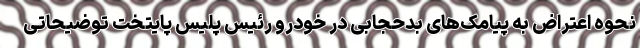
نحوه اعتراض به پیامک‌های بدحجابی در خودرو رئیس پلیس پایتخت توضیحاتی